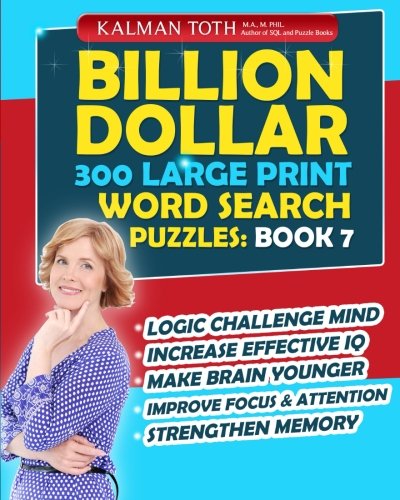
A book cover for Billion Dollar 300 Large Print Word Search Puzzles: Book 7: Be Smarter & Increase Your IQ; Kalman Toth; Humor & Entertainment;